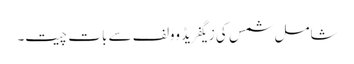
شامل شمس کی زیگفریڈ وولف سے بات چیت۔